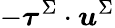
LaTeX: -\boldsymbol{\tau}^{\Sigma}\cdot\boldsymbol{u}^{\Sigma}